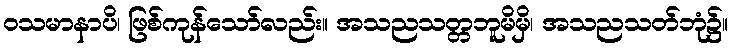
ဝသမာနာပိ၊ ဖြစ်ကုန်သော်လည်း။ အသညသတ္တဘူမိမှိ၊ အသညသတ်ဘုံ၌။